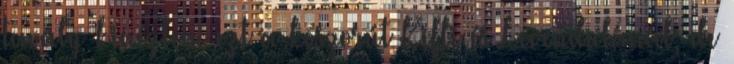
tavaly kinéztem ezt a koszorút Kifli és Levendulánál, de